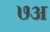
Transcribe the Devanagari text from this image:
७अ